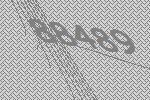
88489